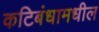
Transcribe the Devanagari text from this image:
कटिबंधामधील